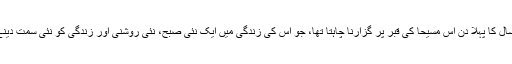
وہ نئے سال کا پہلا دن اُس مسیحا کی قبر پر گزارنا چاہتا تھا، جو اس کی زندگی میں ایک نئی صبح، نئی روشنی اور زندگی کو نئی سمت دینے آیا تھا۔